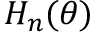
H _ { n } ( \theta )